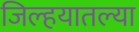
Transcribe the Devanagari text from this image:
जिल्हयातल्या